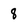
Character: 8